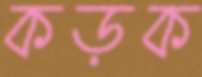
কড়ক